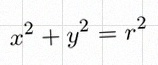
x^2+y^2=r^2